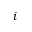
i